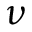
\nu